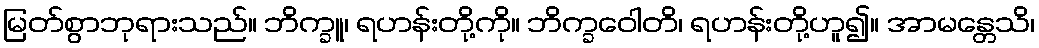
မြတ်စွာဘုရားသည်။ ဘိက္ခူ၊ ရဟန်းတို့ကို။ ဘိက္ခဝေါတိ၊ ရဟန်းတို့ဟူ၍။ အာမန္တေသိ၊